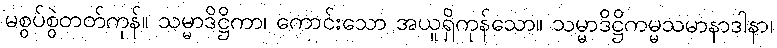
မစွပ်စွဲတတ်ကုန်။ သမ္မာဒိဋ္ဌိကာ၊ ကောင်းသော အယူရှိကုန်သော။ သမ္မာဒိဋ္ဌိကမ္မသမာနာဒါနာ၊